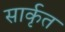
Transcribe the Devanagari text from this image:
सार्कृत